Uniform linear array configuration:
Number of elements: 12
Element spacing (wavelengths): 0.25
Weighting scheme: exponential
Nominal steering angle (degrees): -60
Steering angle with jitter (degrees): -60.355
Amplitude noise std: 0.05
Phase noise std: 0.05

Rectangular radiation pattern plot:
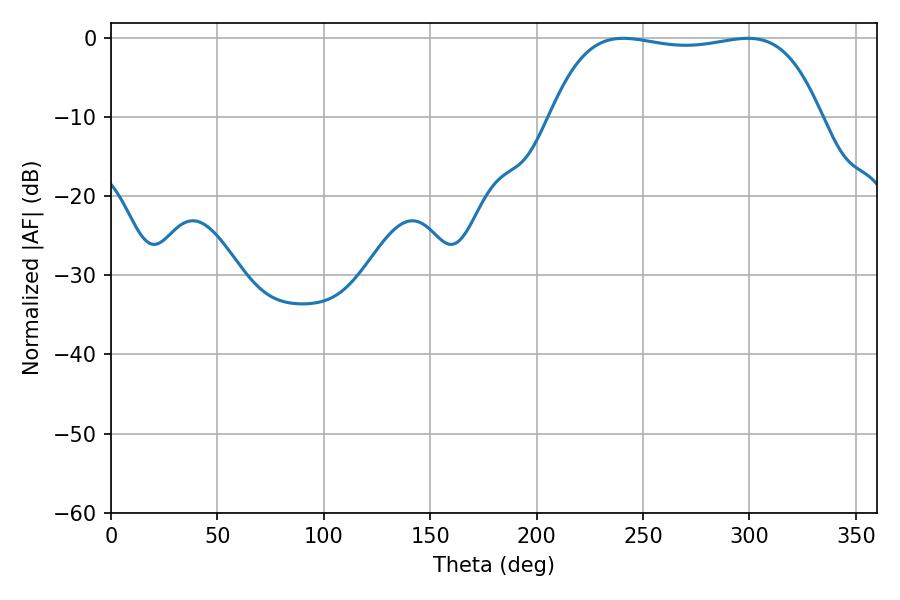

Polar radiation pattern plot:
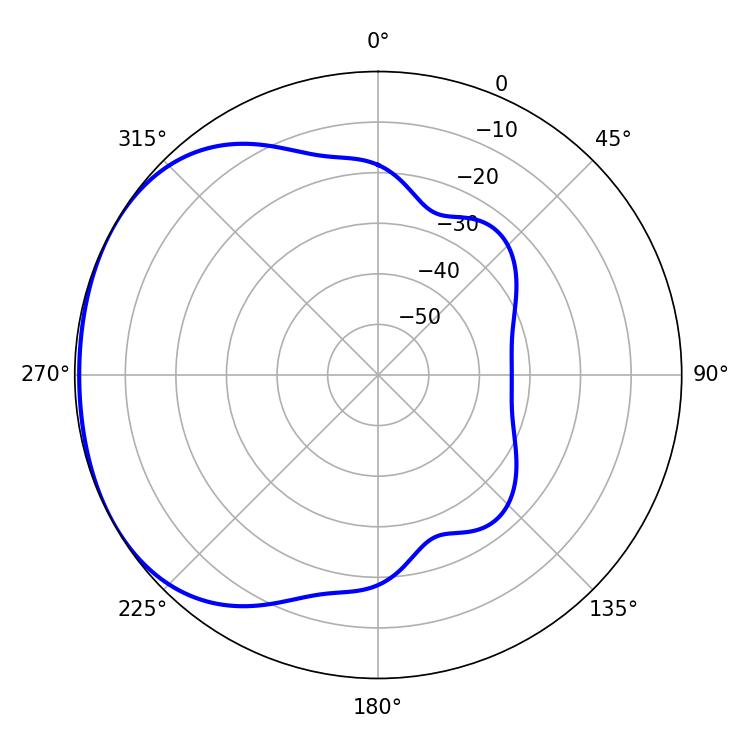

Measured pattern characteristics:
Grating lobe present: FALSE
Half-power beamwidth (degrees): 100.8
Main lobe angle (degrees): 240.66